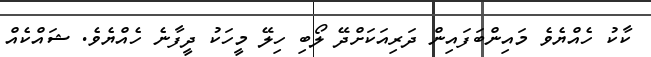
ކާކު ހެއްޔެވެ މައިންބަފައިން ދަރިއަކަށްދޭ ލޯބި ހިލޭ މީހަކު ދީފާނެ ހެއްޔެވެ. ޝައްކެއް